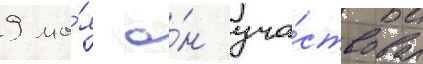
9 ма́я о́н уча́ствовал